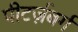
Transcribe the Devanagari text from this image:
पीटर्ज़बर्ग